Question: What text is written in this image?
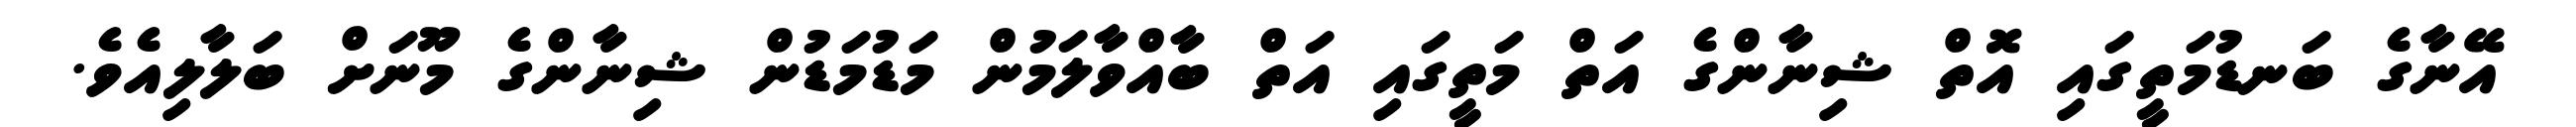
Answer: އޭނާގެ ބަނޑުމަތީގައި އޮތް ޝިނާންގެ އަތް މަތީގައި އަތް ބާއްވާލަމުން މަޑުމަޑުން ޝިނާންގެ މޫނަށް ބަލާލިއެވެ.